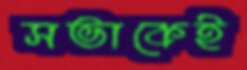
সভাকেই